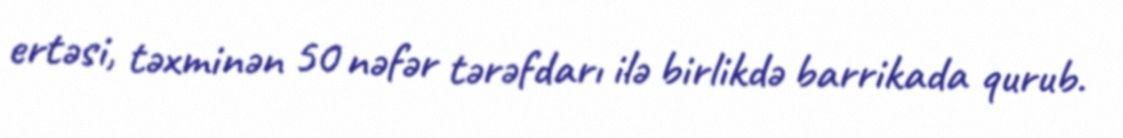
ertəsi, təxminən 50 nəfər tərəfdarı ilə birlikdə barrikada qurub.